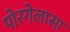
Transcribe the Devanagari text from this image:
पोरगेलासा